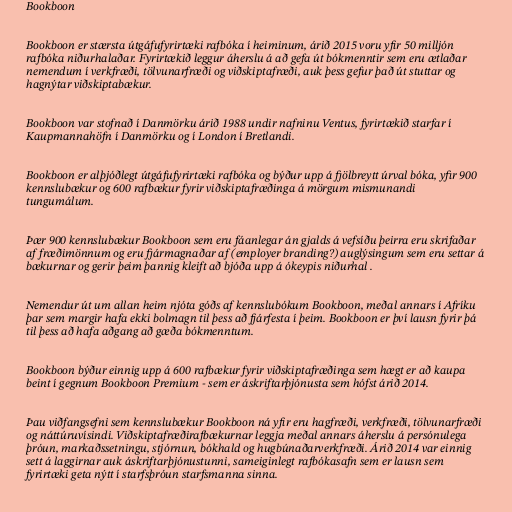
Bookboon

Bookboon er stærsta útgáfufyrirtæki rafbóka í heiminum, árið 2015 voru yfir 50 milljón
rafbóka niðurhalaðar. Fyrirtækið leggur áherslu á að gefa út bókmenntir sem eru ætlaðar
nemendum í verkfræði, tölvunarfræði og viðskiptafræði, auk þess gefur það út stuttar og
hagnýtar viðskiptabækur.

Bookboon var stofnað í Danmörku árið 1988 undir nafninu Ventus, fyrirtækið starfar í
Kaupmannahöfn í Danmörku og í London í Bretlandi.

Bookboon er alþjóðlegt útgáfufyrirtæki rafbóka og býður upp á fjölbreytt úrval bóka, yfir 900
kennslubækur og 600 rafbækur fyrir viðskiptafræðinga á mörgum mismunandi
tungumálum.

Þær 900 kennslubækur Bookboon sem eru fáanlegar án gjalds á vefsíðu þeirra eru skrifaðar
af fræðimönnum og eru fjármagnaðar af (employer branding?) auglýsingum sem eru settar á
bækurnar og gerir þeim þannig kleift að bjóða upp á ókeypis niðurhal .

Nemendur út um allan heim njóta góðs af kennslubókum Bookboon, meðal annars í Afríku
þar sem margir hafa ekki bolmagn til þess að fjárfesta í þeim. Bookboon er því lausn fyrir þá
til þess að hafa aðgang að gæða bókmenntum.

Bookboon býður einnig upp á 600 rafbækur fyrir viðskiptafræðinga sem hægt er að kaupa
beint í gegnum Bookboon Premium - sem er áskriftarþjónusta sem hófst árið 2014.

Þau viðfangsefni sem kennslubækur Bookboon ná yfir eru hagfræði, verkfræði, tölvunarfræði
og náttúruvísindi. Viðskiptafræðirafbækurnar leggja meðal annars áherslu á persónulega
þróun, markaðssetningu, stjórnun, bókhald og hugbúnaðarverkfræði. Árið 2014 var einnig
sett á laggirnar auk áskriftarþjónustunni, sameiginlegt rafbókasafn sem er lausn sem
fyrirtæki geta nýtt í starfsþróun starfsmanna sinna.